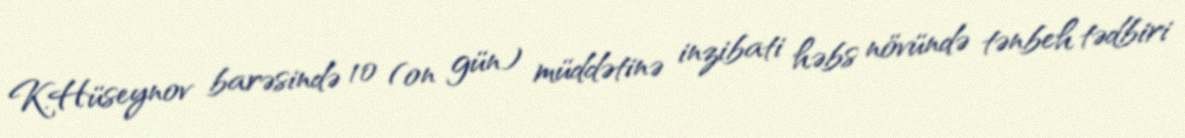
K.Hüseynov barəsində 10 (on gün) müddətinə inzibati həbs növündə tənbeh tədbiri